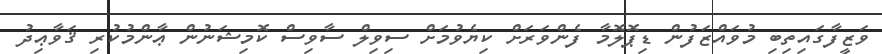
ވަޒީފާގައިތިބި މުވައްޒަފުން ޑިޕޮލޮމާ ފެންވަރަށް ކިޔެވުމަށް ސިވިލް ސާވިސް ކޮމިޝަނުން ޢާންމުކުރި ޤަވާޢިދު